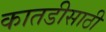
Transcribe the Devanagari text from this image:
कातडीसाठी